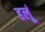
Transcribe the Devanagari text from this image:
हलूं